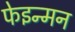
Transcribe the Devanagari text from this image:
फेइन्मन